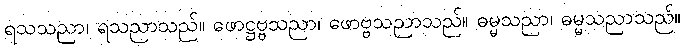
ရသသညာ၊ ရသညာသည်။ ဖောဋ္ဌဗ္ဗသညာ၊ ဖောဗ္ဗသညာသည်။ ဓမ္မသညာ၊ ဓမ္မသညာသည်။